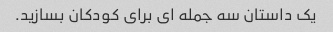
یک داستان سه جمله ای برای کودکان بسازید.